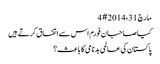
‏مارچ 31، 2014 #4
کیا صاحبان فورم اس سے اتفاق کرتے ہیں
پاکستان کی عالمی بدنامی کا باعث؟